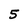
Character: 5